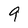
Character: 9